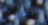
التنفيذيين